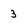
Character: 3